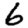
Digit: 6